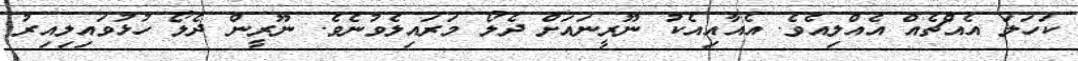
ކަހަލަ އެއްޗެއް އެއްލިއެވެ. އެއާއިއެކު ނޫރީނައަށް ދެލޯ މަރައިލެވުނެވެ. ނޫރީން ދެލޯ ހުޅުވައިލިއިރު